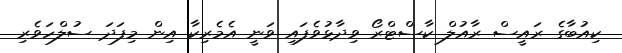
ކިއުބާގެ ރައީސް ރާއުލް ކާސްޓްރޯ ވިދާޅުވެފައި ވަނީ އެމެރިކާ އިން މިފަދަ ސުލްހަވެރި